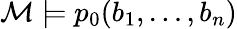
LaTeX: {\mathcal{M}}\models p_{0}(b_{1},\ldots,b_{n})